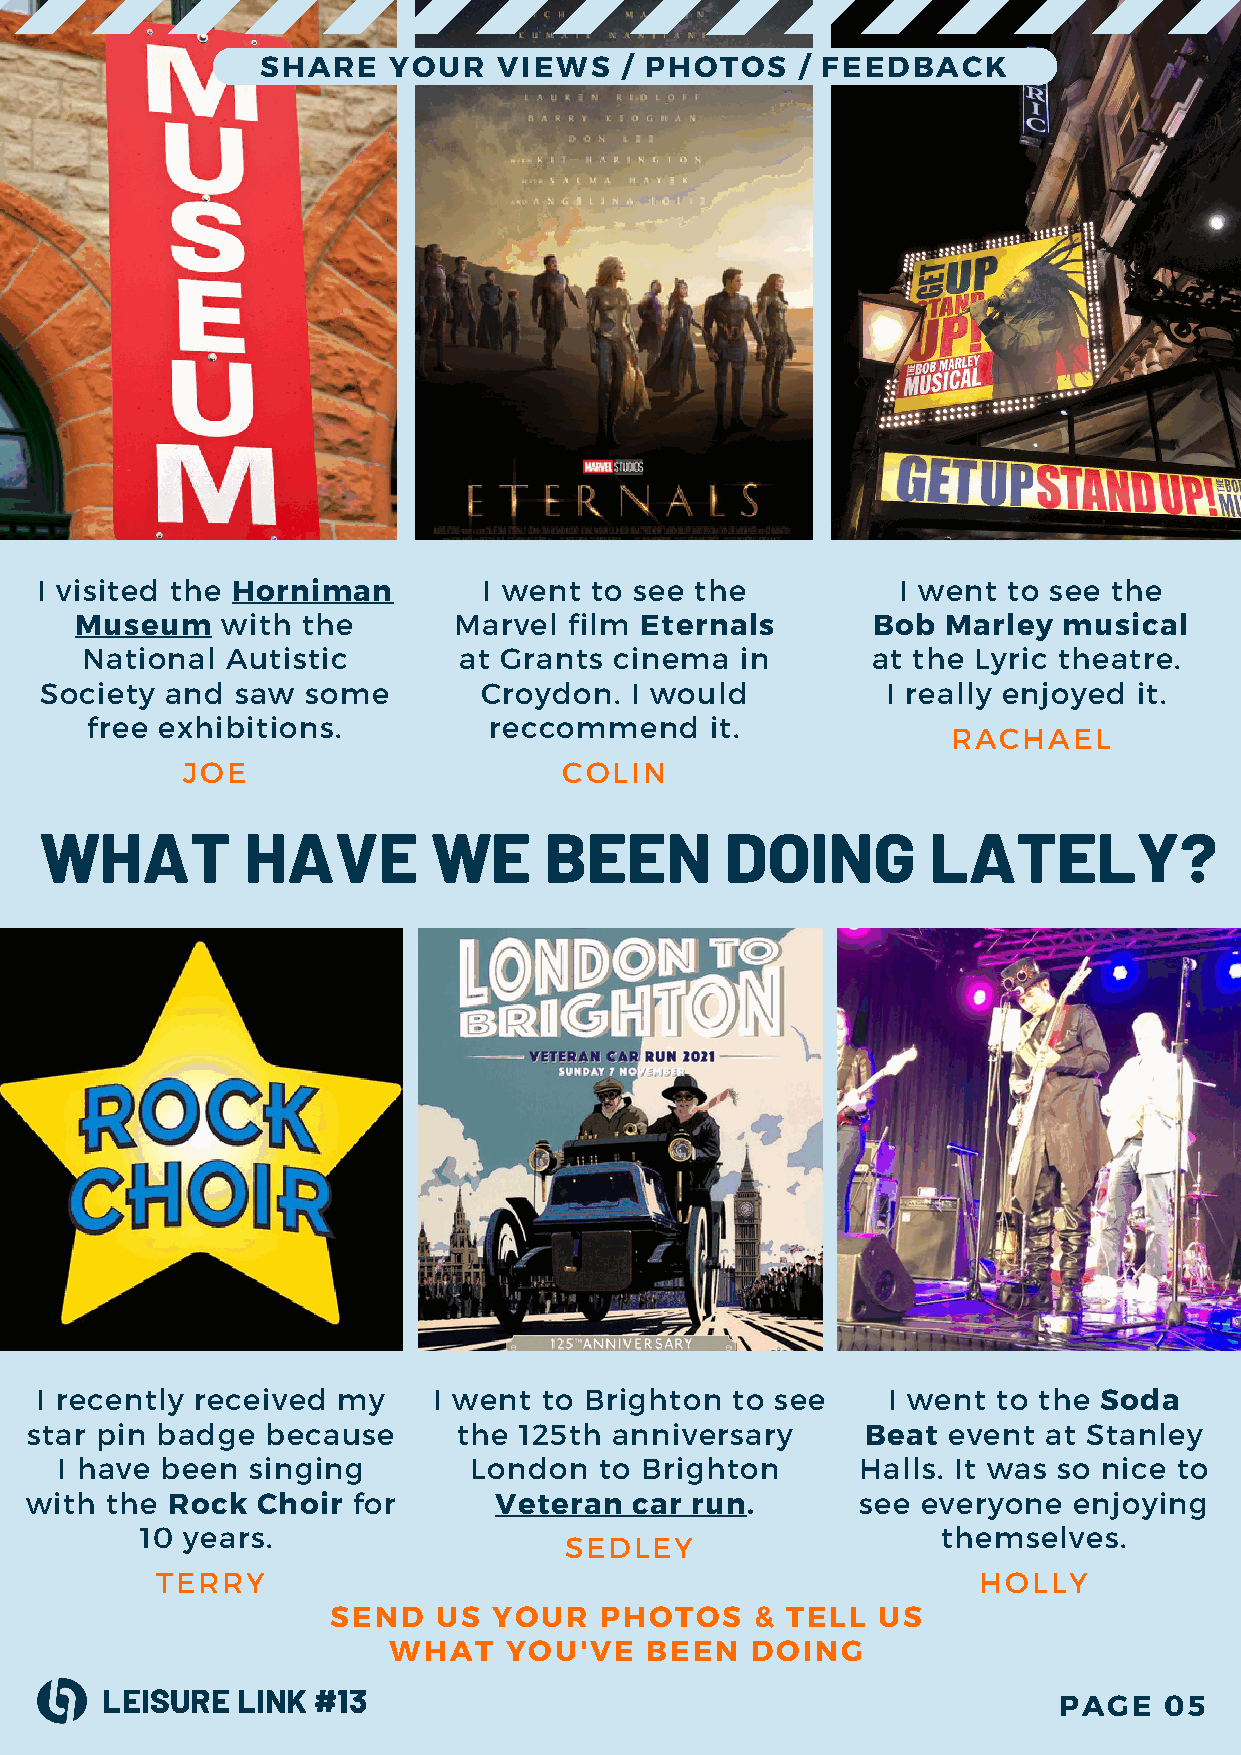
SHARE    YOUR   VIEWS   / PHOTOS    / FEEDBACK
 I visited the Horniman        I went to see the          I went  to see the
 Museum    with the       Marvel  film Eternals       Bob  Marley musical
 National  Autistic       at Grants  cinema  in       at the Lyric theatre.
 Society and  saw some        Croydon.  I would          I really enjoyed it.
 free exhibitions.         reccommend     it.
 RACHAEL
 JOE                      COLIN
 WHAT         HAVE         WE     BEEN        DOING        LATELY?
 I recently received my     I went to Brighton to see     I went to the Soda
 star pin badge  because     the 125th  anniversary     Beat  event at Stanley
 I have been singing        London   to Brighton      Halls. It was so nice to
 with the Rock  Choir for       Veteran  car run.       see everyone  enjoying
 10 years.                                            themselves.
 SEDLEY
 TERRY                                                  HOLLY
 SEND   US  YOUR   PHOTOS    & TELL  US
 WHAT   YOU'VE    BEEN   DOING
 LEISURE  LINK #13                                              PAGE   05